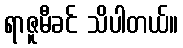
ရာဇူမီခင် သိပါတယ်။